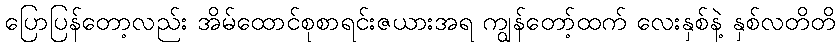
ပြောပြန်တော့လည်း အိမ်ထောင်စုစာရင်းဇယားအရ ကျွန်တော့်ထက် လေးနှစ်နဲ့ နှစ်လတိတိ